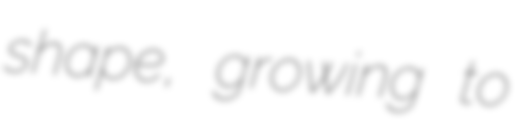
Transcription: shape, growing to